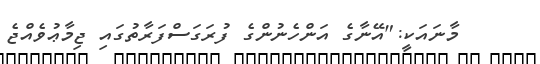
މާނައަކީ:"އޭނާގެ އަންހެނުންގެ ފުރަގަސްފަރާތުގައި ޖިމާޢުވެއްޖެ